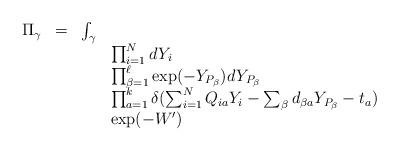
LaTeX: \begin{align*}\begin{array}{rrll}\Pi_\gamma & = & \int_\gamma & \\& & & \prod_{i=1}^N dY_i \\& & & \prod_{\beta = 1}^\ell \exp(-Y_{P_{\beta}}) dY_{P_\beta} \\& & & \prod_{a = 1}^k \delta(\sum_{i = 1}^N Q_{i a} Y_i - \sum_\beta d_{\beta a} Y_{P_{\beta}} - t_a) \\& & & \exp(-W')\end{array}\end{align*}